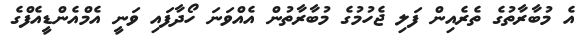
އެ މުބާރާތުގެ ތެރެއިން ފަލި ޖެހުމުގެ މުބާރާތުން އެއްވަނަ ހޯދާފައި ވަނީ އެމްއެންޑީއެފްގެ